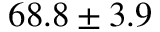
6 8 . 8 \pm 3 . 9